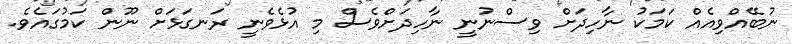
ނުބޭއްވިއެއް ކަމަކު ނާހިދަށް ވިސްނުނީ ނާހިދަށްވެސް މި އުޅެވެނީ ރަނގަޅަށް ނޫން ކަމުގައެވެ.